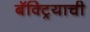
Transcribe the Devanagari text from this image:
बॅक्ट्रियाची